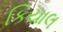
કિયાલ